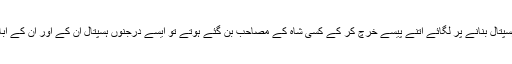
جتنے پیسے گنگا رام اور گلاب دیوی نے ہسپتال بنانے پر لگائے اتنے پیسے خرچ کر کے کسی شاہ کے مصاحب بن گئے ہوتے تو ایسے درجنوں ہسپتال ان کے اور ان کے اباحضور کے نام پر وجود میں آ چکے ہوتے۔